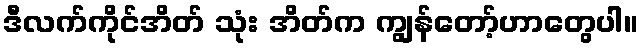
ဒီလက်ကိုင်အိတ် သုံး အိတ်က ကျွန်တော့်ဟာတွေပါ။